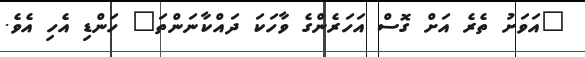
"އަވަށު ތެރެ އަށް ގޮސް އަހަރެންގެ ވާހަކަ ދައްކާނަންތަ" ހަންޑި އެހި އެވެ.